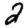
Digit: 2